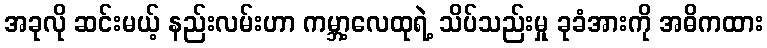
အခုလို ဆင်းမယ့် နည်းလမ်းဟာ ကမ္ဘာ့လေထုရဲ့ သိပ်သည်းမှု ခုခံအားကို အဓိကထား